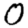
Digit: 0